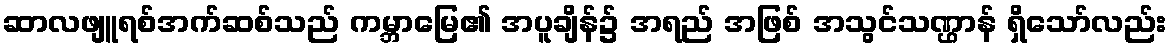
ဆာလဖျူရစ်အက်ဆစ်သည် ကမ္ဘာမြေ၏ အပူချိန်၌ အရည် အဖြစ် အသွင်သဏ္ဌာန် ရှိသော်လည်း